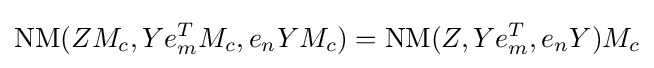
{\text{NM}}(ZM_{c},Ye_{m}^{T}M_{c},e_{n}YM_{c})={\text{NM}}(Z,Ye_{m}^{T},e_{n}Y)M_{c}